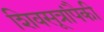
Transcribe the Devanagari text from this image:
शिवसूत्रांपैकी